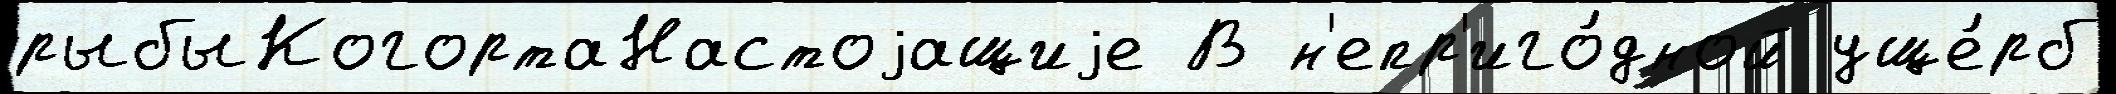
рыбыКогортаНастоjащиjе В н'епр'иго́дной уще́рб